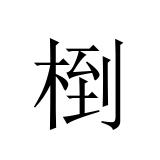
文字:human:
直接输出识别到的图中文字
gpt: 椡